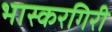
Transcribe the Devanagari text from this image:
भास्करगिरी